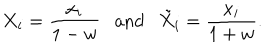
LaTeX: X _ { i } = \frac { x _ { i } } { 1 - w } \mathrm { a n d } { \tilde { X } } _ { i } = \frac { x _ { i } } { 1 + w } .